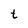
Character: t